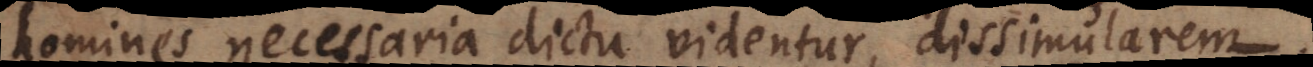
homines necessaria dictu videntur, dissimularem